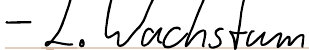
- 2. Wachstum